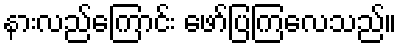
နားလည်ကြောင်း ဖော်ပြကြလေသည်။